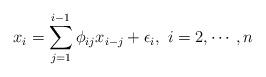
LaTeX: \begin{align*}x_i=\sum_{j=1}^{i-1} \phi_{ij} x_{i-j}+\epsilon_i, \ i=2,\cdots, n\end{align*}